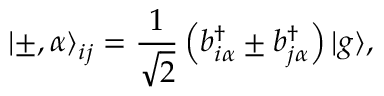
\ensuremath { | \pm , \alpha \rangle } _ { i j } = \frac { 1 } { \sqrt { 2 } } \left( b _ { i \alpha } ^ { \dagger } \pm b _ { j \alpha } ^ { \dagger } \right) \ensuremath { | g \rangle } ,